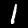
Label: 1